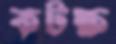
কটক্ষ